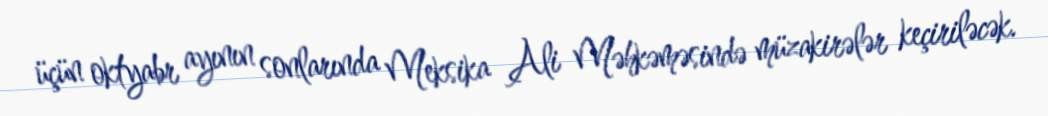
üçün oktyabr ayının sonlarında Meksika Ali Məhkəməsində müzakirələr keçiriləcək.